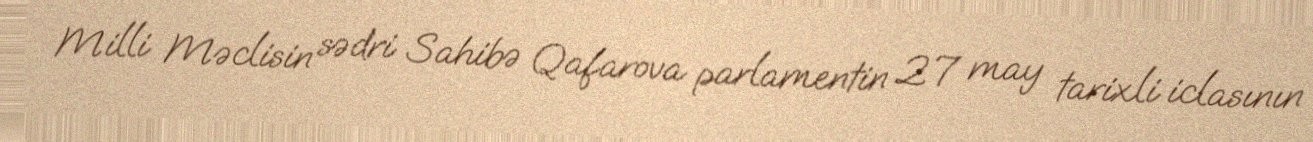
Milli Məclisin sədri Sahibə Qafarova parlamentin 27 may tarixli iclasının